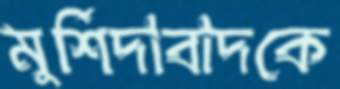
মুর্শিদাবাদকে